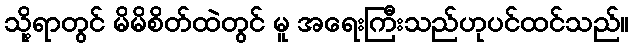
သို့ရာတွင် မိမိစိတ်ထဲတွင် မူ အရေးကြီးသည်ဟုပင်ထင်သည်။